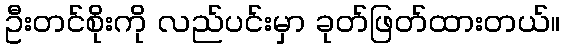
ဦးတင်စိုးကို လည်ပင်းမှာ ခုတ်ဖြတ်ထားတယ်။